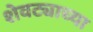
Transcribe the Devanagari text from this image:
शेवट्याच्या